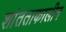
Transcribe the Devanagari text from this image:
शांतताकालीन